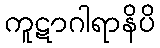
ကူဋာဂါရာနိပိ